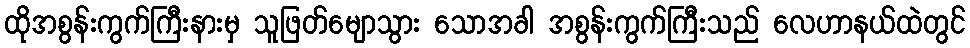
ထိုအစွန်းကွက်ကြီးနားမှ သူဖြတ်မျောသွား သောအခါ အစွန်းကွက်ကြီးသည် လေဟာနယ်ထဲတွင်